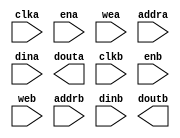
module xilinx_ddr2_if_cache(
	clka,
	ena,
	wea,
	addra,
	dina,
	douta,
	clkb,
	enb,
	web,
	addrb,
	dinb,
	doutb);


input clka;
input ena;
input [3 : 0] wea;
input [11 : 0] addra;
input [31 : 0] dina;
output [31 : 0] douta;
input clkb;
input enb;
input [15 : 0] web;
input [9 : 0] addrb;
input [127 : 0] dinb;
output [127 : 0] doutb;

// synthesis translate_off

      BLK_MEM_GEN_V4_3 #(
		.C_ADDRA_WIDTH(12),
		.C_ADDRB_WIDTH(10),
		.C_ALGORITHM(1),
		.C_BYTE_SIZE(8),
		.C_COMMON_CLK(0),
		.C_DEFAULT_DATA("0"),
		.C_DISABLE_WARN_BHV_COLL(0),
		.C_DISABLE_WARN_BHV_RANGE(0),
		.C_FAMILY("spartan6"),
		.C_HAS_ENA(1),
		.C_HAS_ENB(1),
		.C_HAS_INJECTERR(0),
		.C_HAS_MEM_OUTPUT_REGS_A(0),
		.C_HAS_MEM_OUTPUT_REGS_B(0),
		.C_HAS_MUX_OUTPUT_REGS_A(0),
		.C_HAS_MUX_OUTPUT_REGS_B(0),
		.C_HAS_REGCEA(0),
		.C_HAS_REGCEB(0),
		.C_HAS_RSTA(0),
		.C_HAS_RSTB(0),
		.C_HAS_SOFTECC_INPUT_REGS_A(0),
		.C_HAS_SOFTECC_OUTPUT_REGS_B(0),
		.C_INITA_VAL("0"),
		.C_INITB_VAL("0"),
		.C_INIT_FILE_NAME("no_coe_file_loaded"),
		.C_LOAD_INIT_FILE(0),
		.C_MEM_TYPE(2),
		.C_MUX_PIPELINE_STAGES(0),
		.C_PRIM_TYPE(1),
		.C_READ_DEPTH_A(4096),
		.C_READ_DEPTH_B(1024),
		.C_READ_WIDTH_A(32),
		.C_READ_WIDTH_B(128),
		.C_RSTRAM_A(0),
		.C_RSTRAM_B(0),
		.C_RST_PRIORITY_A("CE"),
		.C_RST_PRIORITY_B("CE"),
		.C_RST_TYPE("SYNC"),
		.C_SIM_COLLISION_CHECK("ALL"),
		.C_USE_BYTE_WEA(1),
		.C_USE_BYTE_WEB(1),
		.C_USE_DEFAULT_DATA(0),
		.C_USE_ECC(0),
		.C_USE_SOFTECC(0),
		.C_WEA_WIDTH(4),
		.C_WEB_WIDTH(16),
		.C_WRITE_DEPTH_A(4096),
		.C_WRITE_DEPTH_B(1024),
		.C_WRITE_MODE_A("WRITE_FIRST"),
		.C_WRITE_MODE_B("WRITE_FIRST"),
		.C_WRITE_WIDTH_A(32),
		.C_WRITE_WIDTH_B(128),
		.C_XDEVICEFAMILY("spartan6"))
	inst (
		.CLKA(clka),
		.ENA(ena),
		.WEA(wea),
		.ADDRA(addra),
		.DINA(dina),
		.DOUTA(douta),
		.CLKB(clkb),
		.ENB(enb),
		.WEB(web),
		.ADDRB(addrb),
		.DINB(dinb),
		.DOUTB(doutb),
		.RSTA(),
		.REGCEA(),
		.RSTB(),
		.REGCEB(),
		.INJECTSBITERR(),
		.INJECTDBITERR(),
		.SBITERR(),
		.DBITERR(),
		.RDADDRECC());


// synthesis translate_on

// XST black box declaration
// box_type "black_box"
// synthesis attribute box_type of xilinx_ddr2_if_cache is "black_box"

endmodule